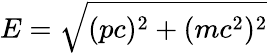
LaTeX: E={\sqrt{(pc)^{2}+(mc^{2})^{2}}}